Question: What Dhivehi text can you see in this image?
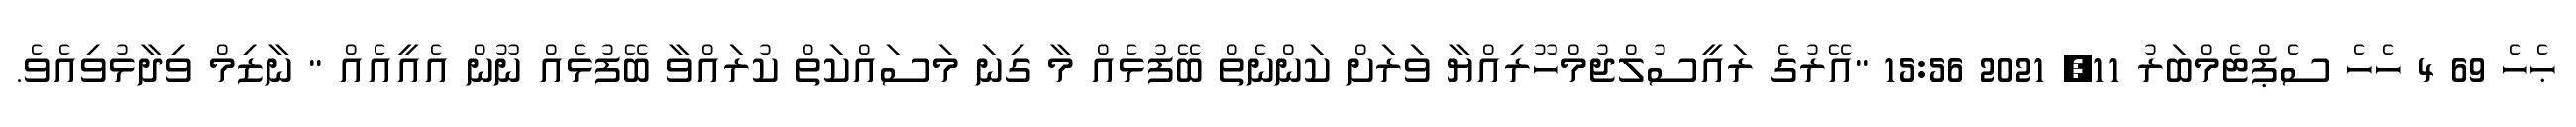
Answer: ޙެހެ 69 4 ހެހެ ސެޕްޓެމްބަރު 11, 2021 15:56 "އޭރުގެ ރައީސުލްޖުމްހޫރިއްޔާ ވަރަށް ކަންނެތް ބޭފުޅެއް މާ ގިނަ މަސައްކަތް ކުރައްވާ ބޭފުޅެއް ނޫން އެއީއެއް " ނާޒިމް ވިދާޅުވިއެވެ.